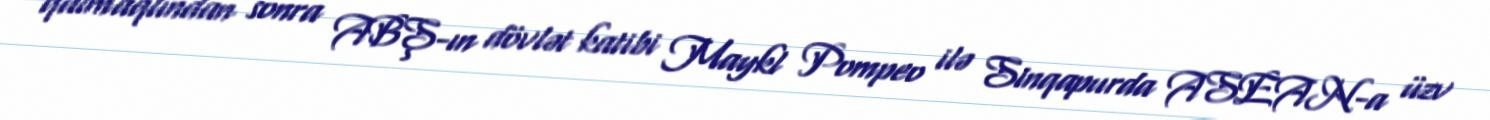
qalmaqlından sonra ABŞ-ın dövlət katibi Maykl Pompeo ilə Sinqapurda ASEAN-a üzv